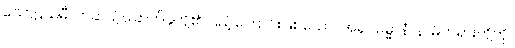
သောဠသမီ၊ တဆယ့်ခြောက်ခုတို့၏ ပြည့်ကြောင်းဖြစ်သော။ အရူပဓမ္မာနံ၊ နာမ်တရားတို့ကို။